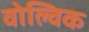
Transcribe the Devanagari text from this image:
वोल्विक